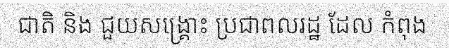
ជាតិ និង ជួយសង្គ្រោះ ប្រជាពលរដ្ឋ ដែល កំពុង